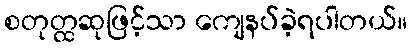
စတုတ္ထဆုဖြင့်သာ ကျေနပ်ခဲ့ရပါတယ်။